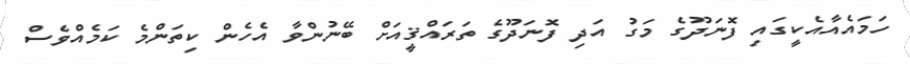
ހަމައެއާއެކީގައި ފޮނަދޫގެ މަގު އަދި ފޮނަދޫގެ ތަރައްޤީއަށް ބޭނުންވާ އެހެން ކިތަންމެ ކަމެއްވެސް